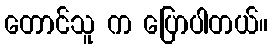
တောင်သူ က ပြောပါတယ်။